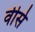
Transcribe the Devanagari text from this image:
वीसे